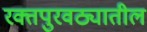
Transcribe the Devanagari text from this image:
रक्तपुरवठ्यातील